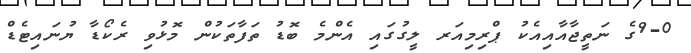
9-0ގެ ނަތީޖާއާއިއެކު ޕްރިމިއަރ ލީގުގައި އެންމެ ބޮޑު ތަފާތަކުން މޮޅުވި ރެކޯޑާ ޔުނައިޓެޑް